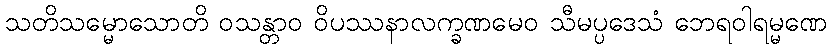
သတိသမ္မောသောတိ ဝသန္တာဝ ဝိပဿနာလက္ခဏမေဝ သီမပ္ပဒေသံ ဘေရဝါရမ္မဏေ